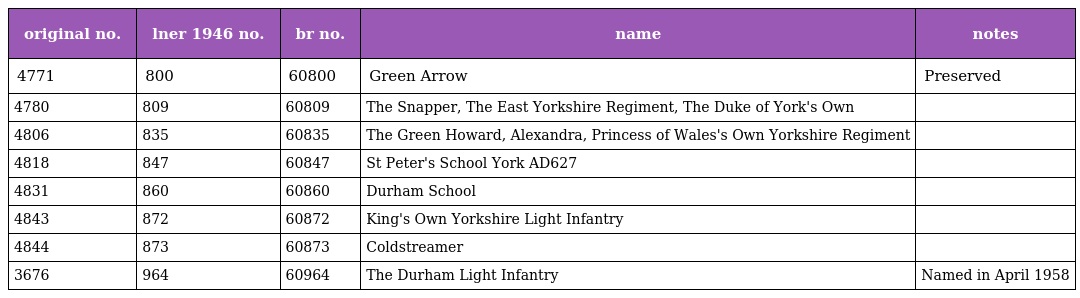
| original no. | lner 1946 no. | br no. | name | notes |
 | --- | --- | --- | --- | --- |
 | 4771 | 800 | 60800 | Green Arrow | Preserved |
 | 4780 | 809 | 60809 | The Snapper, The East Yorkshire Regiment, The Duke of York's Own |  |
 | 4806 | 835 | 60835 | The Green Howard, Alexandra, Princess of Wales's Own Yorkshire Regiment |  |
 | 4818 | 847 | 60847 | St Peter's School York AD627 |  |
 | 4831 | 860 | 60860 | Durham School |  |
 | 4843 | 872 | 60872 | King's Own Yorkshire Light Infantry |  |
 | 4844 | 873 | 60873 | Coldstreamer |  |
 | 3676 | 964 | 60964 | The Durham Light Infantry | Named in April 1958 |